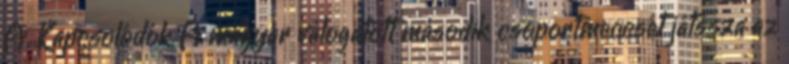
A. Kapcsolódók A magyar válogatott második csoportmeccsét játssza az